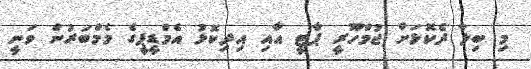
މި ބިލާ ދެކޮޅަށް ޖުމްހޫރީ ޕާޓީ އާއި އިދިކޮޅު އެމްޑީޕީގެ މެމްބަރުން ވަނީ